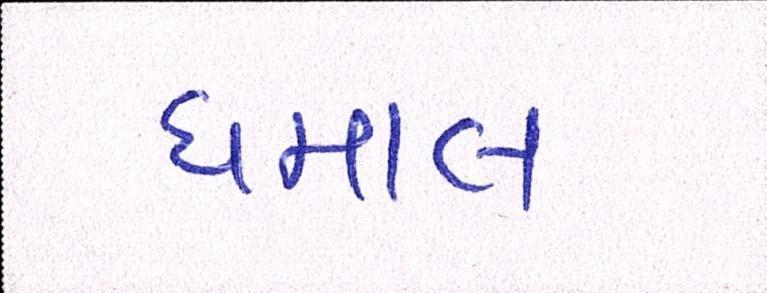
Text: ધમાલ